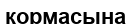
кормасына